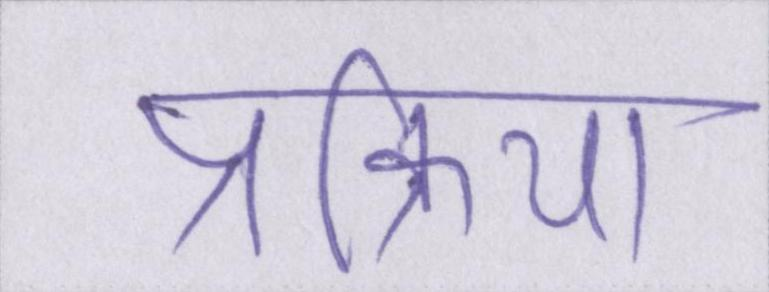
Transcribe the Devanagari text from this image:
प्रक्रिया